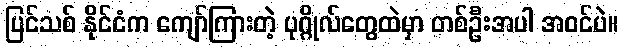
ပြင်သစ် နိုင်ငံက ကျော်ကြားတဲ့ ပုဂ္ဂိုလ်တွေထဲမှာ တစ်ဦးအပါ အဝင်ပဲ။